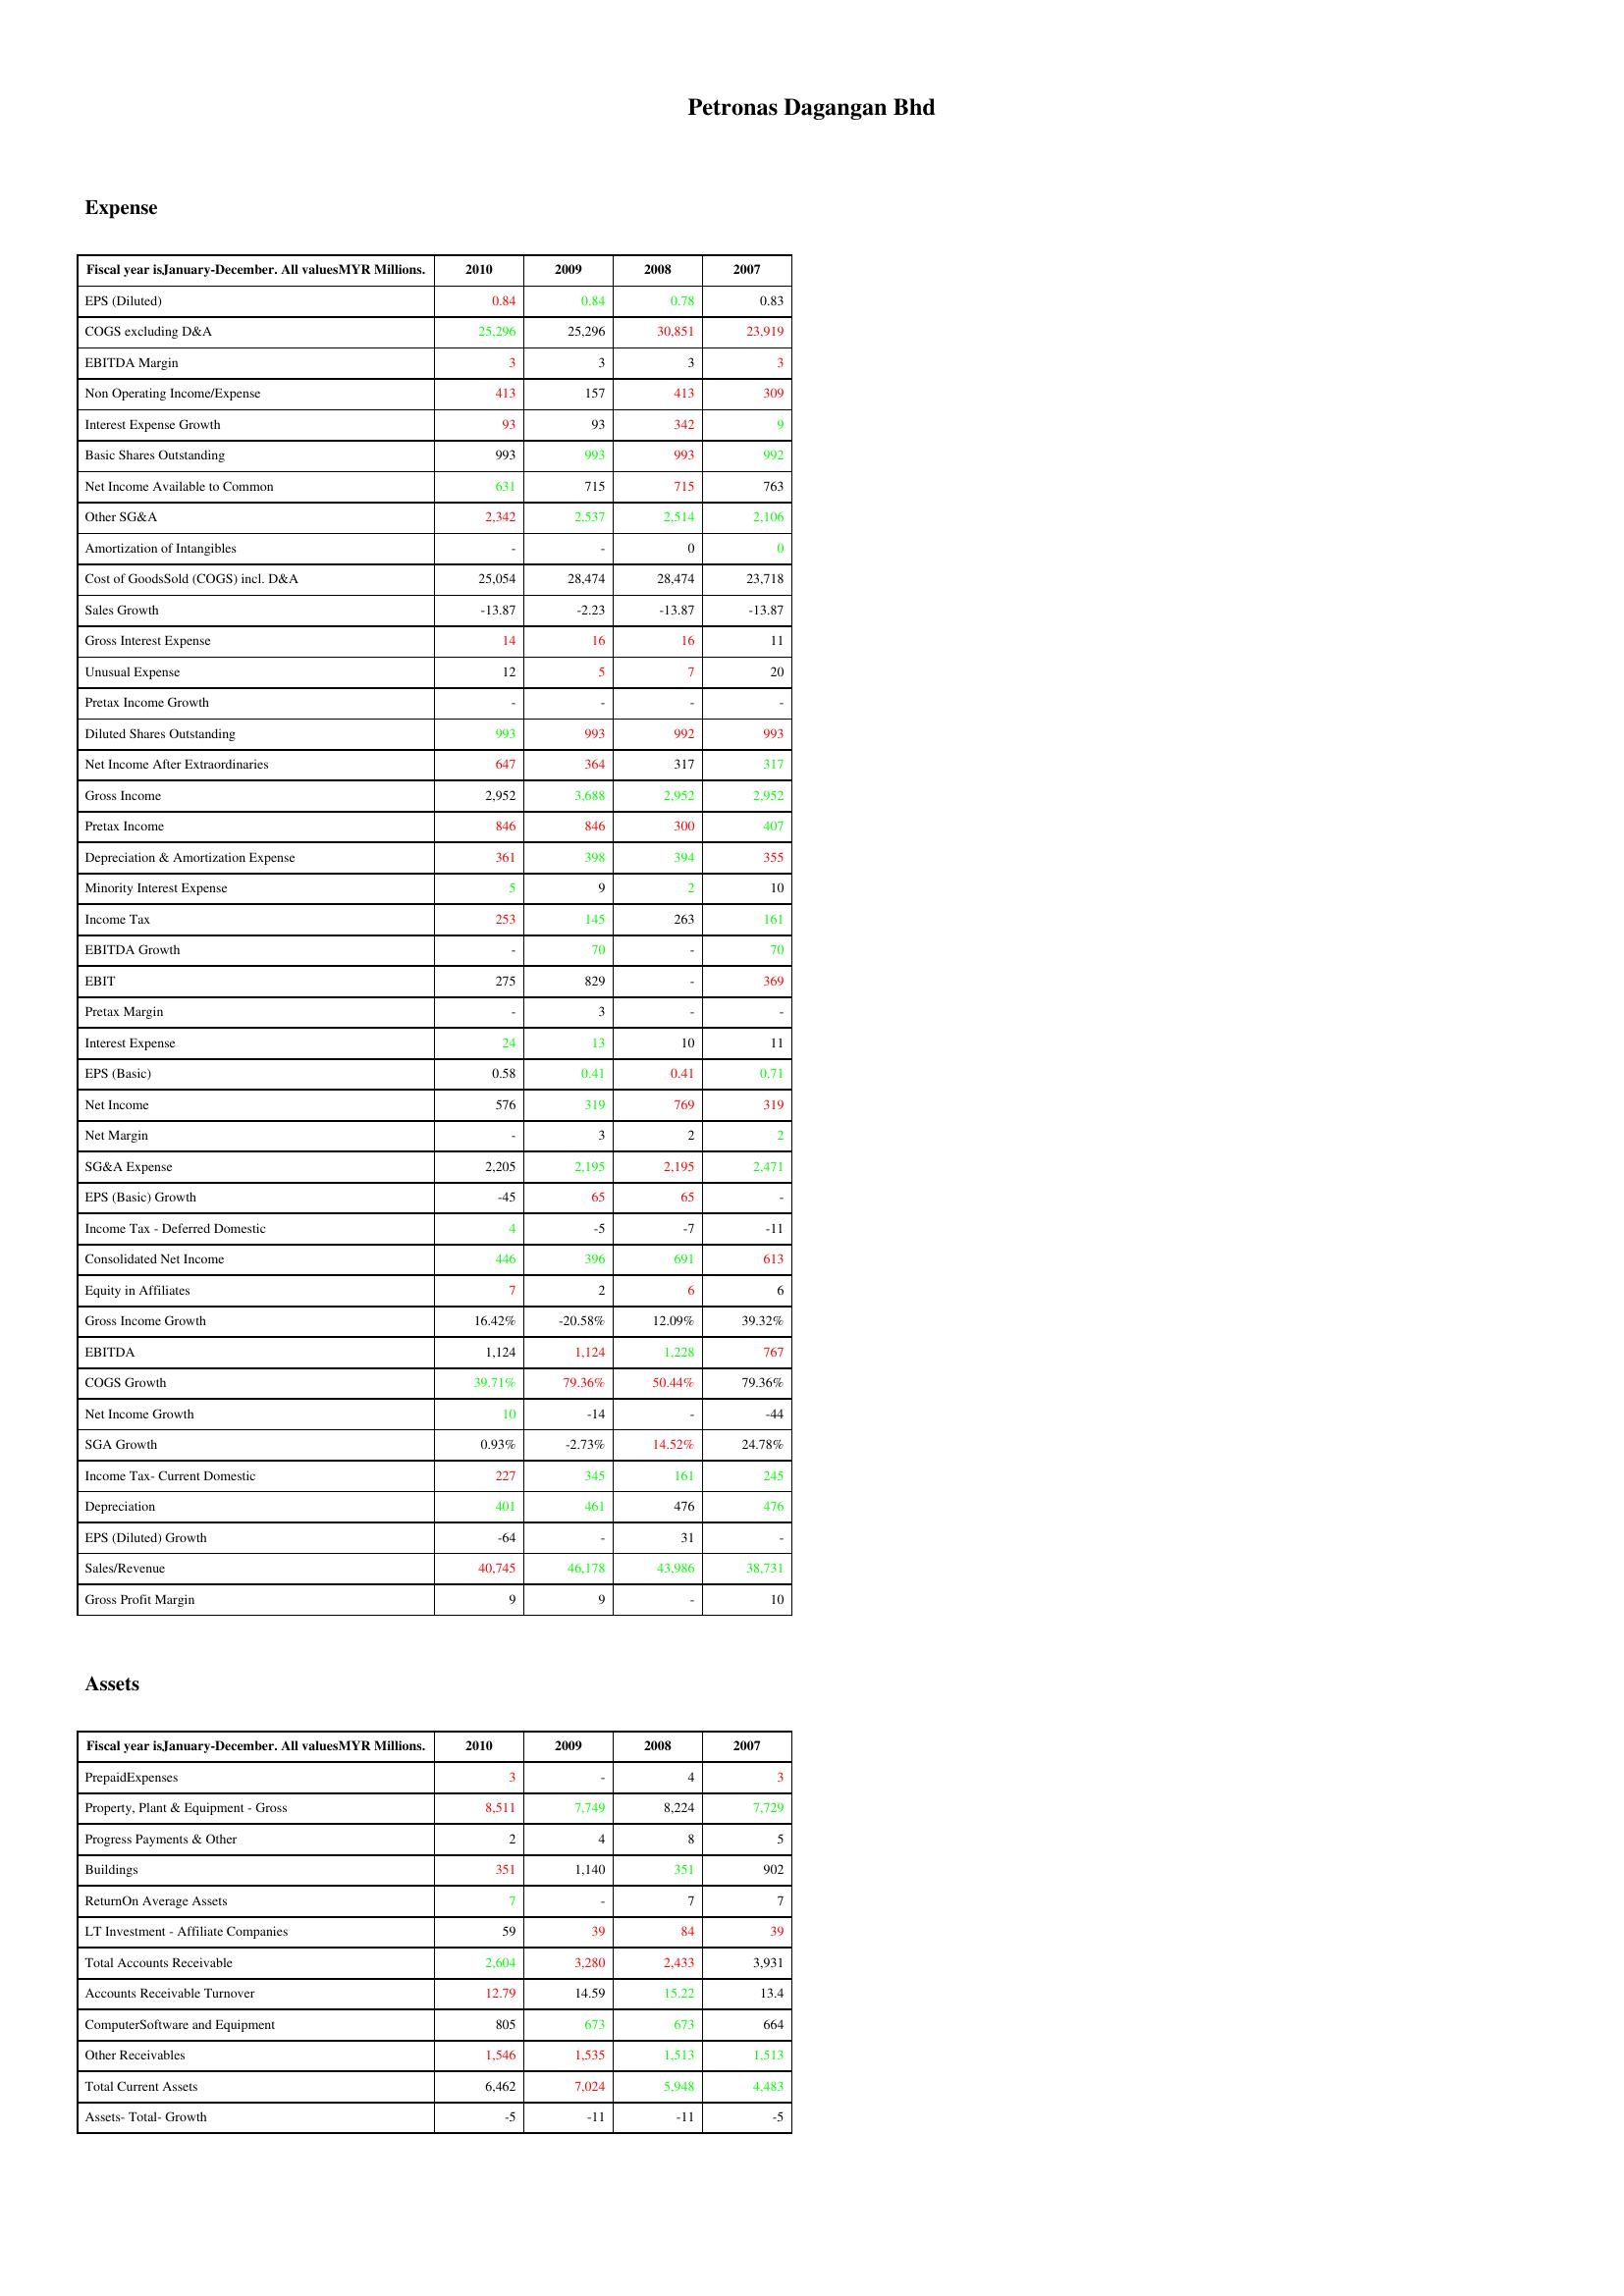
gt_parse: 2010: Expense: EPS (Diluted): 0.84
COGS excluding D&A: 25,296
EBITDA Margin: 3
Non Operating Income/Expense: 413
Interest Expense Growth: 93
Basic Shares Outstanding: 993
Net Income Available to Common: 631
Other SG&A: 2,342
Amortization of Intangibles: -
Cost of GoodsSold (COGS) incl. D&A: 25,054
Sales Growth: -13.87
Gross Interest Expense: 14
Unusual Expense: 12
Pretax Income Growth: -
Diluted Shares Outstanding: 993
Net Income After Extraordinaries: 647
Gross Income: 2,952
Pretax Income: 846
Depreciation & Amortization Expense: 361
Minority Interest Expense: 5
Income Tax: 253
EBITDA Growth: -
EBIT: 275
Pretax Margin: -
Interest Expense: 24
EPS (Basic): 0.58
Net Income: 576
Net Margin: -
SG&A Expense: 2,205
EPS (Basic) Growth: -45
Income Tax - Deferred Domestic: 4
Consolidated Net Income: 446
Equity in Affiliates: 7
Gross Income Growth: 16.42%
EBITDA: 1,124
COGS Growth: 39.71%
Net Income Growth: 10
SGA Growth: 0.93%
Income Tax- Current Domestic: 227
Depreciation: 401
EPS (Diluted) Growth: -64
Sales/Revenue: 40,745
Gross Profit Margin: 9
Assets: PrepaidExpenses: 3
Property, Plant & Equipment - Gross : 8,511
Progress Payments & Other: 2
Buildings: 351
ReturnOn Average Assets: 7
LT Investment - Affiliate Companies: 59
Total Accounts Receivable: 2,604
Accounts Receivable Turnover: 12.79
ComputerSoftware and Equipment: 805
Other Receivables: 1,546
Total Current Assets: 6,462
Assets- Total- Growth: -5
2009: Expense: EPS (Diluted): 0.84
COGS excluding D&A: 25,296
EBITDA Margin: 3
Non Operating Income/Expense: 157
Interest Expense Growth: 93
Basic Shares Outstanding: 993
Net Income Available to Common: 715
Other SG&A: 2,537
Amortization of Intangibles: -
Cost of GoodsSold (COGS) incl. D&A: 28,474
Sales Growth: -2.23
Gross Interest Expense: 16
Unusual Expense: 5
Pretax Income Growth: -
Diluted Shares Outstanding: 993
Net Income After Extraordinaries: 364
Gross Income: 3,688
Pretax Income: 846
Depreciation & Amortization Expense: 398
Minority Interest Expense: 9
Income Tax: 145
EBITDA Growth: 70
EBIT: 829
Pretax Margin: 3
Interest Expense: 13
EPS (Basic): 0.41
Net Income: 319
Net Margin: 3
SG&A Expense: 2,195
EPS (Basic) Growth: 65
Income Tax - Deferred Domestic: -5
Consolidated Net Income: 396
Equity in Affiliates: 2
Gross Income Growth: -20.58%
EBITDA: 1,124
COGS Growth: 79.36%
Net Income Growth: -14
SGA Growth: -2.73%
Income Tax- Current Domestic: 345
Depreciation: 461
EPS (Diluted) Growth: -
Sales/Revenue: 46,178
Gross Profit Margin: 9
Assets: PrepaidExpenses: -
Property, Plant & Equipment - Gross : 7,749
Progress Payments & Other: 4
Buildings: 1,140
ReturnOn Average Assets: -
LT Investment - Affiliate Companies: 39
Total Accounts Receivable: 3,280
Accounts Receivable Turnover: 14.59
ComputerSoftware and Equipment: 673
Other Receivables: 1,535
Total Current Assets: 7,024
Assets- Total- Growth: -11
2008: Expense: EPS (Diluted): 0.78
COGS excluding D&A: 30,851
EBITDA Margin: 3
Non Operating Income/Expense: 413
Interest Expense Growth: 342
Basic Shares Outstanding: 993
Net Income Available to Common: 715
Other SG&A: 2,514
Amortization of Intangibles: 0
Cost of GoodsSold (COGS) incl. D&A: 28,474
Sales Growth: -13.87
Gross Interest Expense: 16
Unusual Expense: 7
Pretax Income Growth: -
Diluted Shares Outstanding: 992
Net Income After Extraordinaries: 317
Gross Income: 2,952
Pretax Income: 300
Depreciation & Amortization Expense: 394
Minority Interest Expense: 2
Income Tax: 263
EBITDA Growth: -
EBIT: -
Pretax Margin: -
Interest Expense: 10
EPS (Basic): 0.41
Net Income: 769
Net Margin: 2
SG&A Expense: 2,195
EPS (Basic) Growth: 65
Income Tax - Deferred Domestic: -7
Consolidated Net Income: 691
Equity in Affiliates: 6
Gross Income Growth: 12.09%
EBITDA: 1,228
COGS Growth: 50.44%
Net Income Growth: -
SGA Growth: 14.52%
Income Tax- Current Domestic: 161
Depreciation: 476
EPS (Diluted) Growth: 31
Sales/Revenue: 43,986
Gross Profit Margin: -
Assets: PrepaidExpenses: 4
Property, Plant & Equipment - Gross : 8,224
Progress Payments & Other: 8
Buildings: 351
ReturnOn Average Assets: 7
LT Investment - Affiliate Companies: 84
Total Accounts Receivable: 2,433
Accounts Receivable Turnover: 15.22
ComputerSoftware and Equipment: 673
Other Receivables: 1,513
Total Current Assets: 5,948
Assets- Total- Growth: -11
2007: Expense: EPS (Diluted): 0.83
COGS excluding D&A: 23,919
EBITDA Margin: 3
Non Operating Income/Expense: 309
Interest Expense Growth: 9
Basic Shares Outstanding: 992
Net Income Available to Common: 763
Other SG&A: 2,106
Amortization of Intangibles: 0
Cost of GoodsSold (COGS) incl. D&A: 23,718
Sales Growth: -13.87
Gross Interest Expense: 11
Unusual Expense: 20
Pretax Income Growth: -
Diluted Shares Outstanding: 993
Net Income After Extraordinaries: 317
Gross Income: 2,952
Pretax Income: 407
Depreciation & Amortization Expense: 355
Minority Interest Expense: 10
Income Tax: 161
EBITDA Growth: 70
EBIT: 369
Pretax Margin: -
Interest Expense: 11
EPS (Basic): 0.71
Net Income: 319
Net Margin: 2
SG&A Expense: 2,471
EPS (Basic) Growth: -
Income Tax - Deferred Domestic: -11
Consolidated Net Income: 613
Equity in Affiliates: 6
Gross Income Growth: 39.32%
EBITDA: 767
COGS Growth: 79.36%
Net Income Growth: -44
SGA Growth: 24.78%
Income Tax- Current Domestic: 245
Depreciation: 476
EPS (Diluted) Growth: -
Sales/Revenue: 38,731
Gross Profit Margin: 10
Assets: PrepaidExpenses: 3
Property, Plant & Equipment - Gross : 7,729
Progress Payments & Other: 5
Buildings: 902
ReturnOn Average Assets: 7
LT Investment - Affiliate Companies: 39
Total Accounts Receivable: 3,931
Accounts Receivable Turnover: 13.4
ComputerSoftware and Equipment: 664
Other Receivables: 1,513
Total Current Assets: 4,483
Assets- Total- Growth: -5